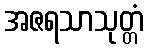
အဇရသာသုတ္တံ